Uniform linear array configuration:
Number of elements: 48
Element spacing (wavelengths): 0.5
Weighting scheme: uniform
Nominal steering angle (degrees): -45
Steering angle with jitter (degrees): -44.46
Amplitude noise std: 0.05
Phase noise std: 0.05

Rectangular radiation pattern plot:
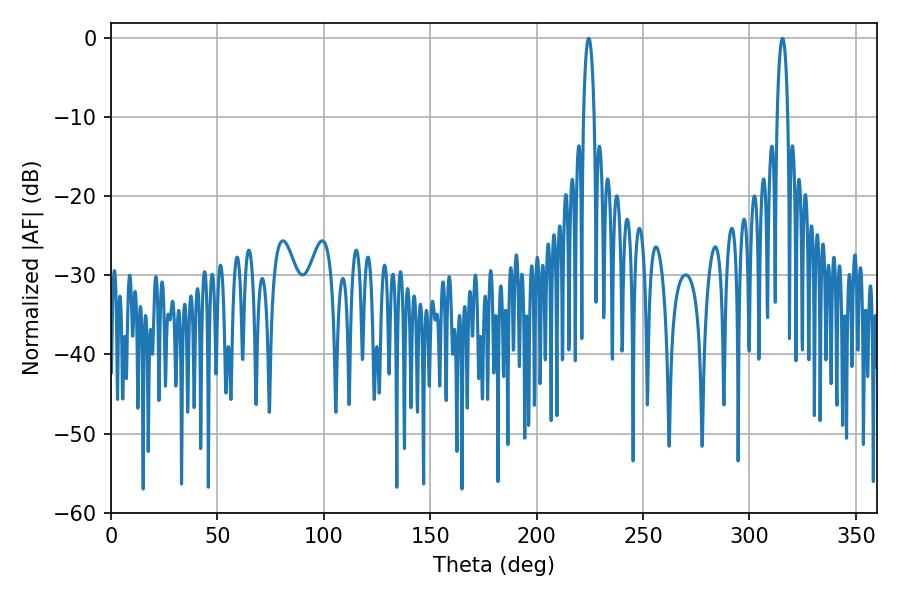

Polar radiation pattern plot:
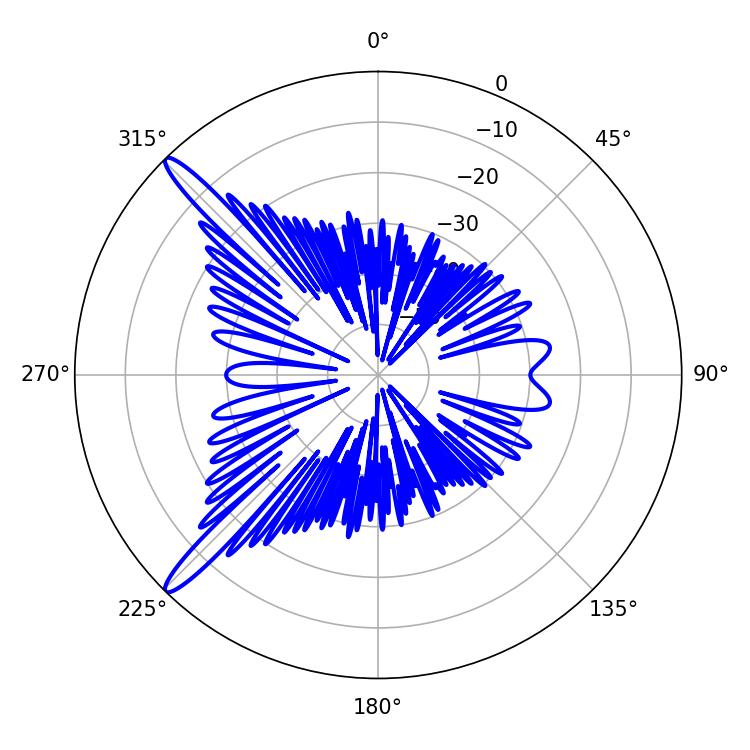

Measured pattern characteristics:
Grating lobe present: FALSE
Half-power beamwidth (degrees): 2.88
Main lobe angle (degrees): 224.46